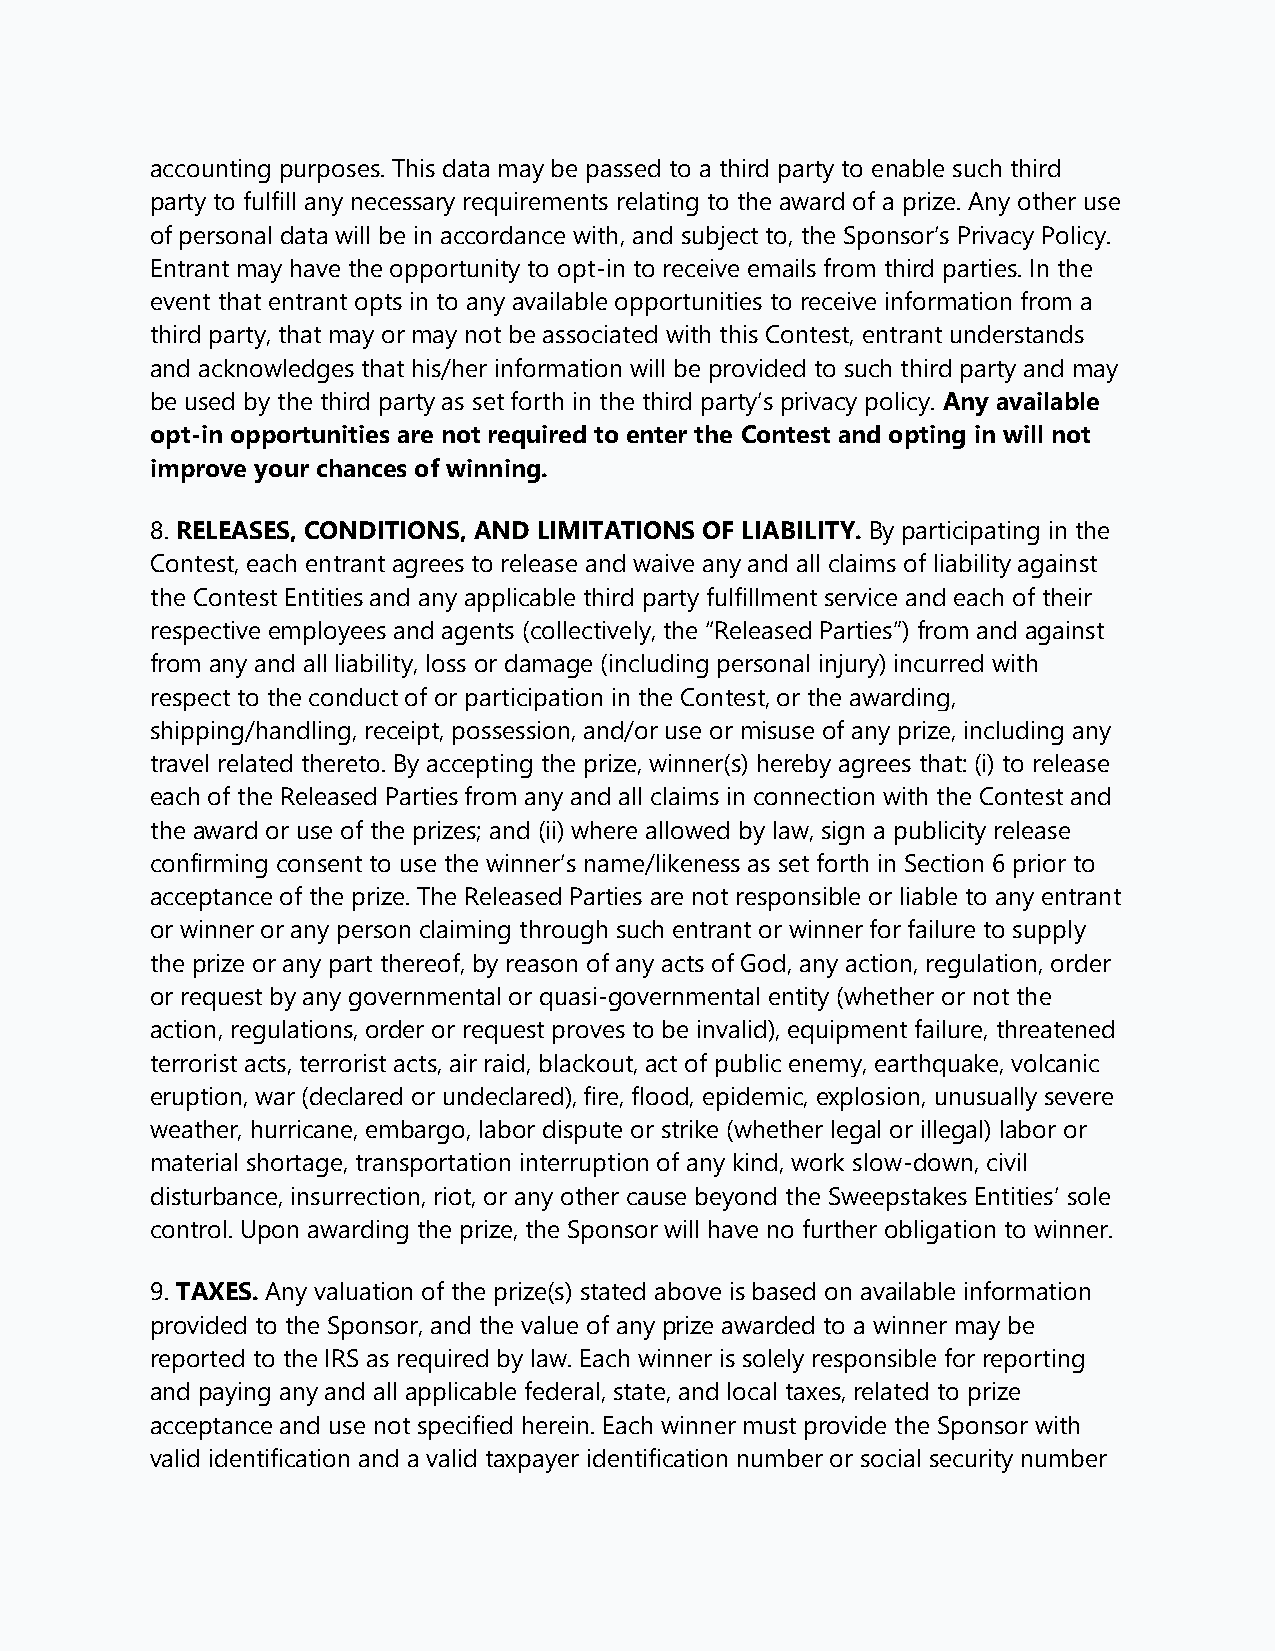
accounting purposes. This data may be passed to a third party to enable such third
 party to fulfill any necessary requirements relating to the award of a prize. Any other use
 of personal data will be in accordance with, and subject to, the Sponsor’s Privacy Policy.
 Entrant may have the opportunity to opt-in to receive emails from third parties. In the
 event that entrant opts in to any available opportunities to receive information from a
 third party, that may or may not be associated with this Contest, entrant understands
 and acknowledges that his/her information will be provided to such third party and may
 be used by the third party as set forth in the third party’s privacy policy. Any available
 opt-in opportunities are not required to enter the Contest and opting in will not
 improve your chances of winning.
 8. RELEASES, CONDITIONS, AND LIMITATIONS OF LIABILITY. By participating in the
 Contest, each entrant agrees to release and waive any and all claims of liability against
 the Contest Entities and any applicable third party fulfillment service and each of their
 respective employees and agents (collectively, the “Released Parties”) from and against
 from any and all liability, loss or damage (including personal injury) incurred with
 respect to the conduct of or participation in the Contest, or the awarding,
 shipping/handling, receipt, possession, and/or use or misuse of any prize, including any
 travel related thereto. By accepting the prize, winner(s) hereby agrees that: (i) to release
 each of the Released Parties from any and all claims in connection with the Contest and
 the award or use of the prizes; and (ii) where allowed by law, sign a publicity release
 confirming consent to use the winner’s name/likeness as set forth in Section 6 prior to
 acceptance of the prize. The Released Parties are not responsible or liable to any entrant
 or winner or any person claiming through such entrant or winner for failure to supply
 the prize or any part thereof, by reason of any acts of God, any action, regulation, order
 or request by any governmental or quasi-governmental entity (whether or not the
 action, regulations, order or request proves to be invalid), equipment failure, threatened
 terrorist acts, terrorist acts, air raid, blackout, act of public enemy, earthquake, volcanic
 eruption, war (declared or undeclared), fire, flood, epidemic, explosion, unusually severe
 weather, hurricane, embargo, labor dispute or strike (whether legal or illegal) labor or
 material shortage, transportation interruption of any kind, work slow-down, civil
 disturbance, insurrection, riot, or any other cause beyond the Sweepstakes Entities’ sole
 control. Upon awarding the prize, the Sponsor will have no further obligation to winner.
 9. TAXES. Any valuation of the prize(s) stated above is based on available information
 provided to the Sponsor, and the value of any prize awarded to a winner may be
 reported to the IRS as required by law. Each winner is solely responsible for reporting
 and paying any and all applicable federal, state, and local taxes, related to prize
 acceptance and use not specified herein. Each winner must provide the Sponsor with
 valid identification and a valid taxpayer identification number or social security number